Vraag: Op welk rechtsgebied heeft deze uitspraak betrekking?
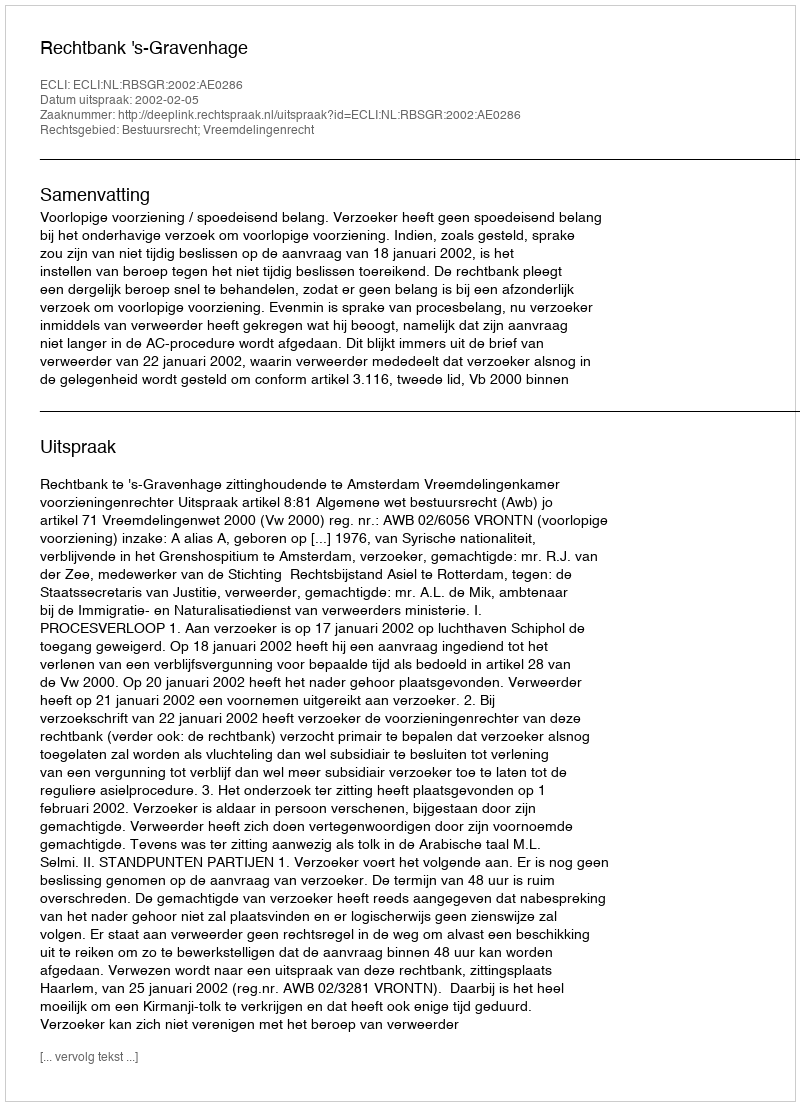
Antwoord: Bestuursrecht; Vreemdelingenrecht